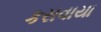
કરાવાયા